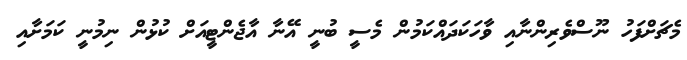
މެޗަށްފަހު ނޫސްވެރިންނާއި ވާހަކަދައްކަމުން މެސީ ބުނީ އޭނާ އާޖެންޓީއަށް ކުޅުން ނިމުނީ ކަމަށާއި